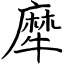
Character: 犘